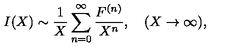
I ( X ) \sim \frac { 1 } { X } \sum _ { n = 0 } ^ { \infty } \frac { F ^ { ( n ) } } { X ^ { n } } , \quad ( X \to \infty ) ,